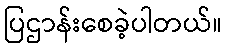
ပြဌာန်းစေခဲ့ပါတယ်။